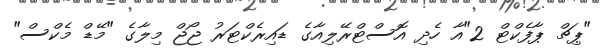
"ޕިޗް ޕާފެކްޓް 2"އާ ހެދި އޮސްޓްރޭލިއާގެ ޑައިރެކްޓަރު ޖޯޖް މިލާގެ "މޭޑް މެކްސް"